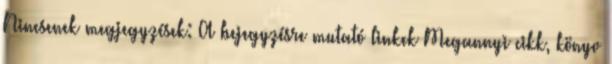
Nincsenek megjegyzések: A bejegyzésre mutató linkek Megannyi cikk, könyv